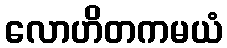
လောဟိတကမယံ